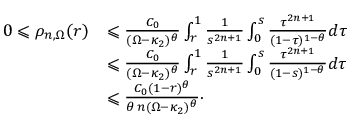
\begin{array} { r l } { 0 \leqslant \rho _ { n , \Omega } ( r ) } & { \leqslant \frac { C _ { 0 } } { ( \Omega - \kappa _ { 2 } ) ^ { \theta } } \int _ { r } ^ { 1 } \frac { 1 } { s ^ { 2 n + 1 } } \int _ { 0 } ^ { s } \frac { \tau ^ { 2 n + 1 } } { ( 1 - \tau ) ^ { 1 - \theta } } d \tau } \\ & { \leqslant \frac { C _ { 0 } } { ( \Omega - \kappa _ { 2 } ) ^ { \theta } } \int _ { r } ^ { 1 } \frac { 1 } { s ^ { 2 n + 1 } } \int _ { 0 } ^ { s } \frac { \tau ^ { 2 n + 1 } } { ( 1 - s ) ^ { 1 - \theta } } d \tau } \\ & { \leqslant \frac { C _ { 0 } ( 1 - r ) ^ { \theta } } { \theta \, n ( \Omega - \kappa _ { 2 } ) ^ { \theta } } \cdot } \end{array}